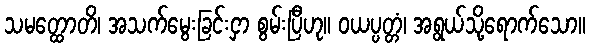
သမတ္ထောတိ၊ အသက်မွေးခြင်းငှာ စွမ်းပြီဟု။ ဝယပ္ပတ္တံ၊ အရွယ်သို့ရောက်သော။